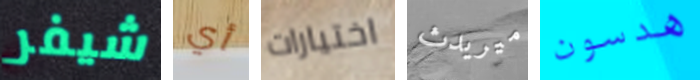
شيفر أي اختيارات ميريدث هدسون